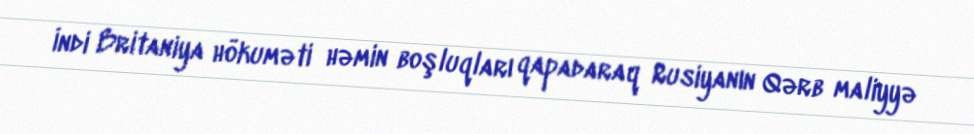
İndi Britaniya hökuməti həmin boşluqları qapadaraq Rusiyanın Qərb maliyyə